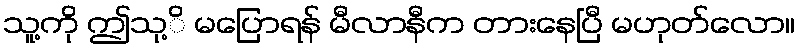
သူ့ကို ဤသု့ိ မပြောရန် မီလာနီက တားနေပြီ မဟုတ်လော။